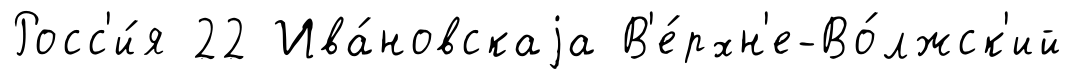
Росс'и́я 22 Ива́новскаjа В'е́рхн'е-Во́лжск'ий